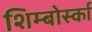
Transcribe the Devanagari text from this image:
शिम्बोर्स्का